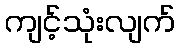
ကျင့်သုံးလျက်